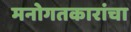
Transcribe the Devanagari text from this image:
मनोगतकारांचा